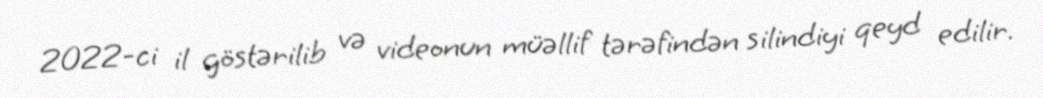
2022-ci il göstərilib və videonun müəllif tərəfindən silindiyi qeyd edilir.